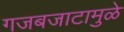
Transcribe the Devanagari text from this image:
गजबजाटामुळे